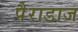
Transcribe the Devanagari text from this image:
पैराडाज